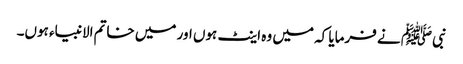
نبیﷺ نے فرمایا کہ میں وہ اینٹ ہوں اور میں خاتم الانبیاء ہوں۔